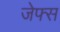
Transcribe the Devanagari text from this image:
जेफ्स